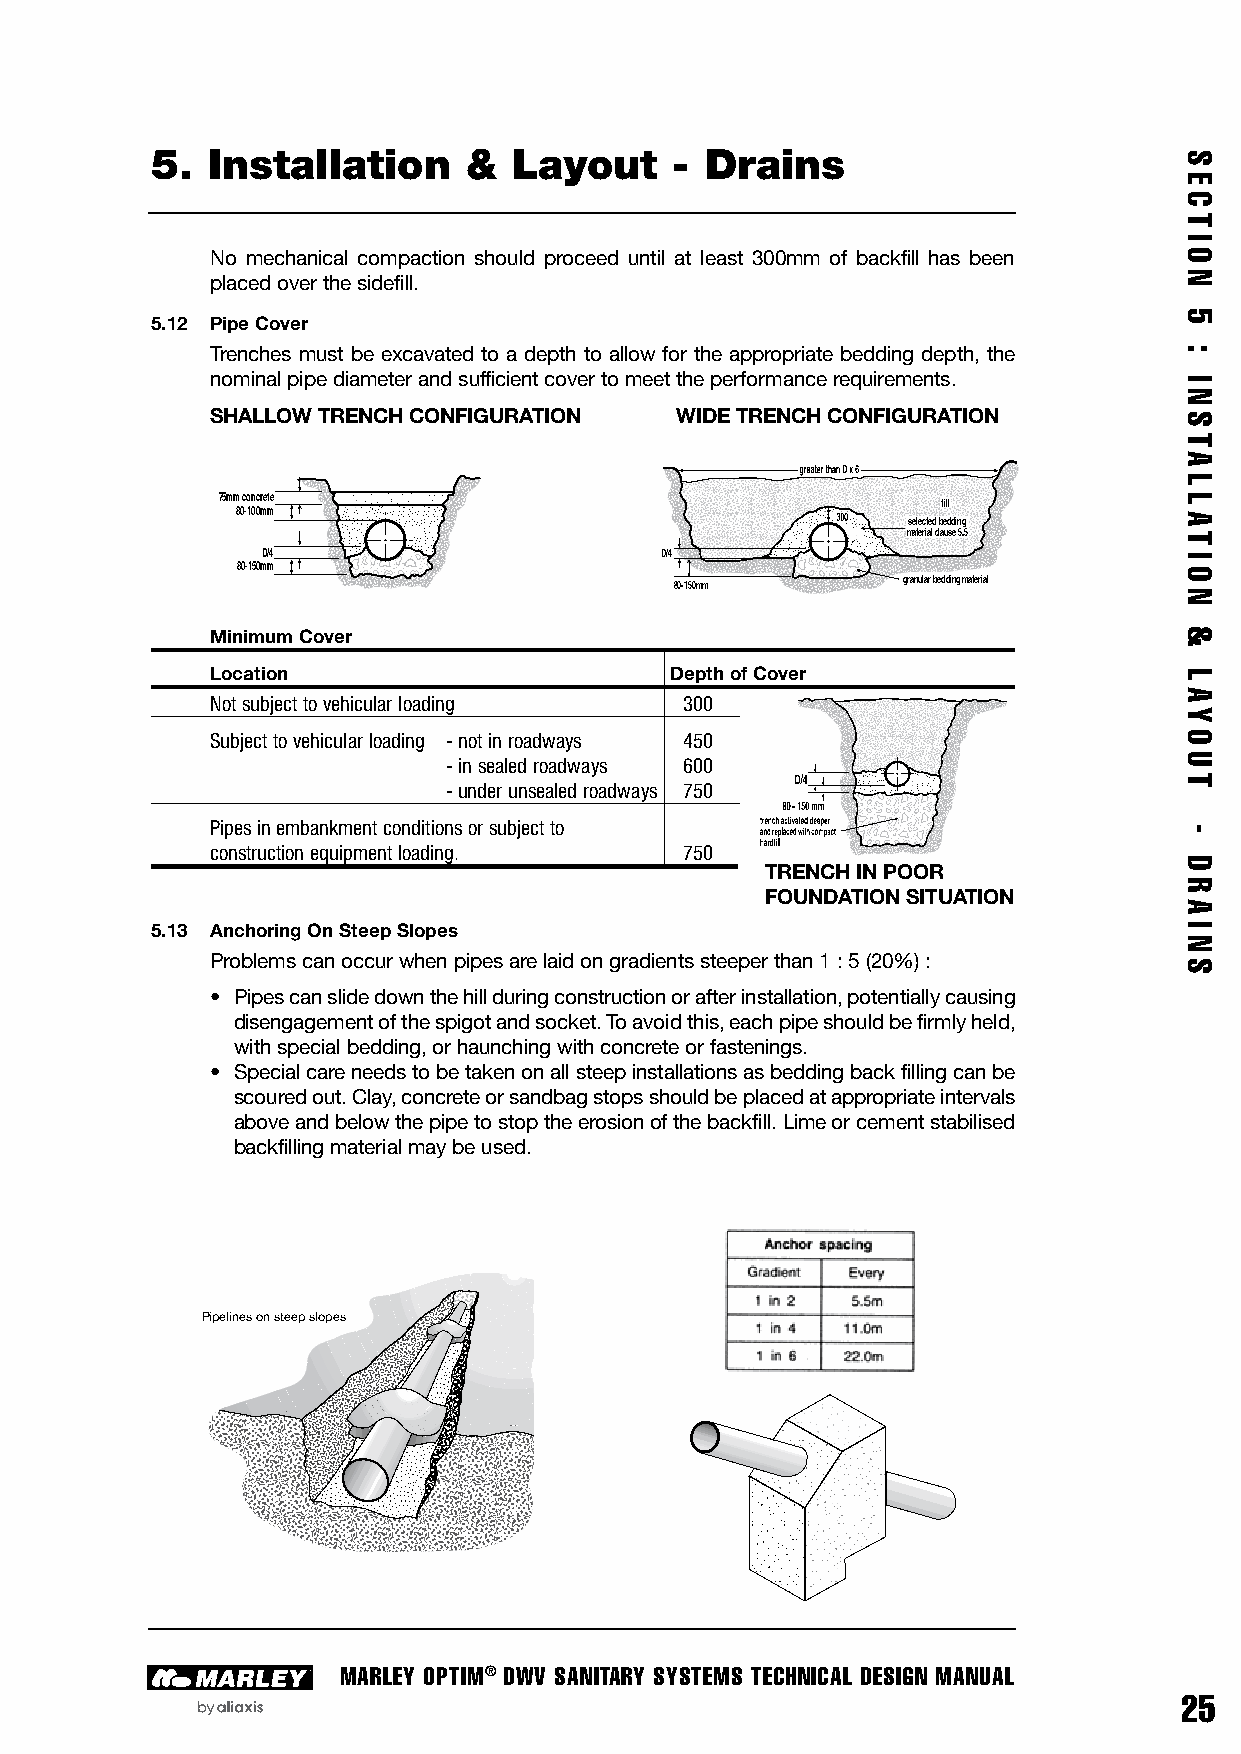
5.  Installation     &  Layout    -  Drains
 No mechanical compaction should proceed until at least 300mm of backfill has been
 placed over the sidefill.
 5.12 Pipe Cover
 Trenches must be excavated to a depth to allow for the appropriate bedding depth, the
 nominal pipe diameter and sufficient cover to meet the performance requirements.
 SHALLOW TRENCH CONFIGURATION   WIDE TRENCH CONFIGURATION
 75mm concrete                                   fill
 80-100mm                                    selected bedding
 material clause 5.5
 D/4                        D/4
 80-150mm
 80-150mm       granular bedding material
 Minimum Cover
 Location                      Depth of Cover
 Not subject to vehicular loading 300
 Subject to vehicular loading - not in roadways 450
 - in sealed roadways 600
 - under unsealed roadways 750
 Pipes in embankment conditions or subject to
 construction equipment loading. 750 WI
 TRENCH IN POOR
 FOUNDATION SITUATION
 5.13 Anchoring On Steep Slopes
 Problems can occur when pipes are laid on gradients steeper than 1 : 5 (20%) :
 • Pipes can slide down the hill during construction or after installation, potentially causing
 disengagement of the spigot and socket. To avoid this, each pipe should be firmly held,
 with special bedding, or haunching with concrete or fastenings.
 • Special care needs to be taken on all steep installations as bedding back filling can be
 scoured out. Clay, concrete or sandbag stops should be placed at appropriate intervals
 above and below the pipe to stop the erosion of the backfill. Lime or cement stabilised
 backfilling material may be used.
 Pipelines on steep slopes
 MARLEY OPTIM® DWV SANITARY SYSTEMS TECHNICAL DESIGN MANUAL
 25
 S
 E
 C
 T
 I
 O
 N
 5
 :
 I
 N
 S
 TA
 L
 L
 AT
 I
 O
 N
 &
 L
 AY
 O
 U
 T
 -
 D
 R
 A
 I
 N
 S